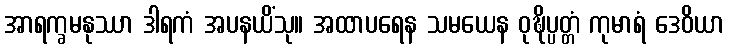
အာရက္ခမနုဿာ ဒါရကံ အပနယိံသု။ အထာပရေန သမယေန ဝုဍ္ဎိပ္ပတ္တံ ကုမာရံ ဒေဝိယာ